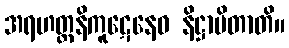
အရဟတ္တနိကူဋေနေဝ နိဋ္ဌာပိတာတိ။